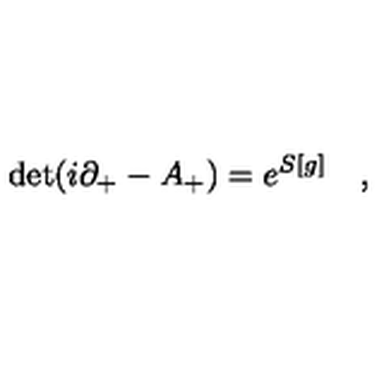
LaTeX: \mathrm { d e t } ( i \partial _ { + } - A _ { + } ) = e ^ { S [ g ] } \quad ,